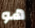
هو